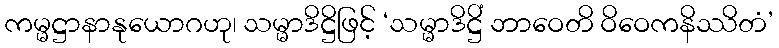
ကမ္မဋ္ဌာနာနုယောဂဟု၊ သမ္မာဒိဋ္ဌိဖြင့် ‘သမ္မာဒိဋ္ဌိံ ဘာဝေတိ ဝိဝေကနိဿိတံ’